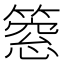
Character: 𥲡